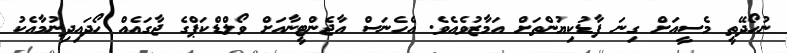
ނުހޯދޭތީ މެސީއަށް ގިނަ ފާޑުކިޔުންތަށް އަމާޒުވެއެވެ. އެހެނަސް އާޖެންޓީނާއަށް ވޯލްޑްކަޕްގެ ޖާގައެއް ހޯދައިދިނުމާއެކު